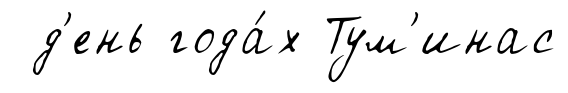
д'ень года́х Тум'инас